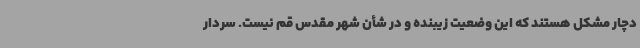
دچار مشکل هستند که این وضعیت زیبنده و در شأن شهر مقدس قم نیست. سردار